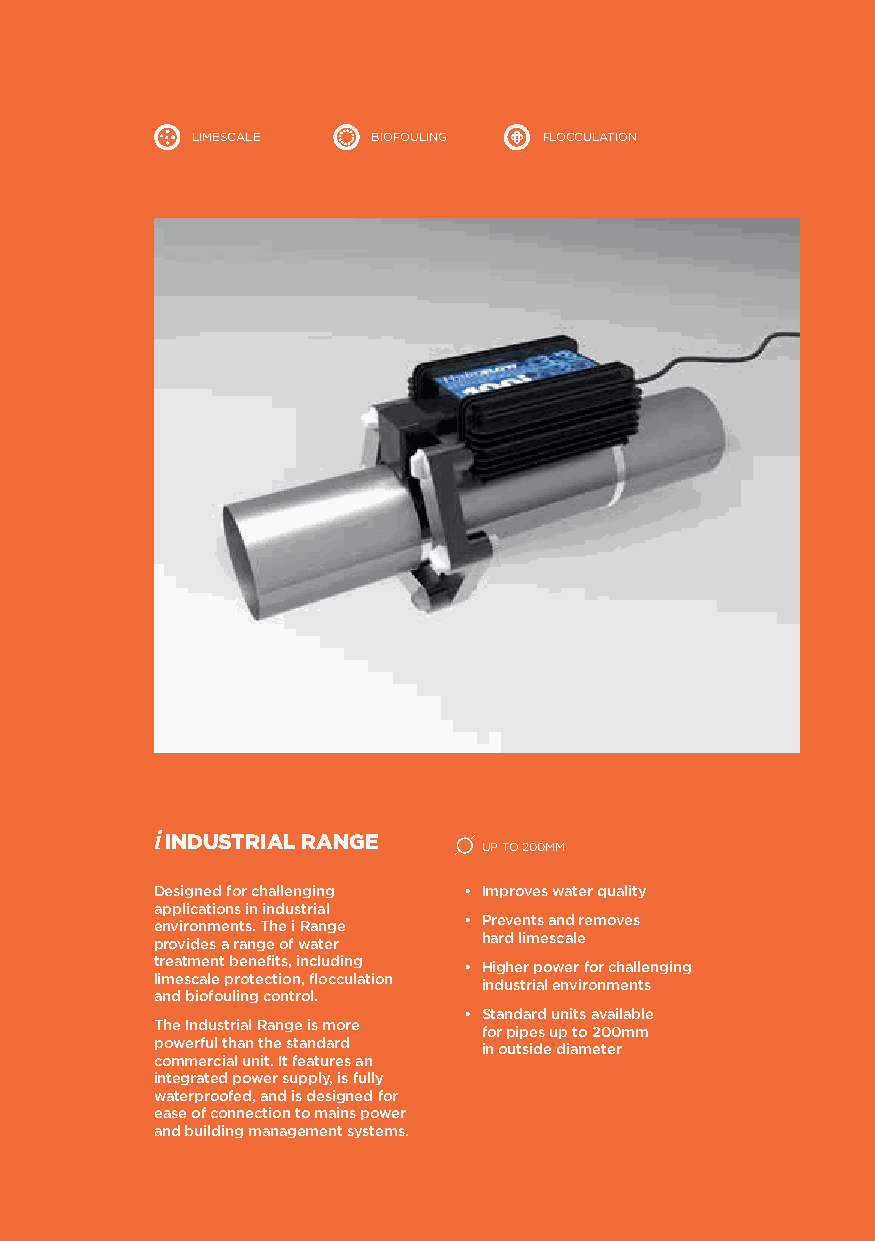
LIMESCALE   BIOFOULING FLOCCULATION
 i INDUSTRIAL RANGE
 UP TO 200MM
 Designed for challenging • Improves water quality
 applications in industrial
 environments. The i Range • Prevents and removes
 provides a range of water hard limescale
 treatment benefits, including • Higher power for challenging
 limescale protection, flocculation industrial environments
 and biofouling control.
 • Standard units available
 The Industrial Range is more for pipes up to 200mm
 powerful than the standard in outside diameter
 commercial unit. It features an
 integrated power supply, is fully
 waterproofed, and is designed for
 ease of connection to mains power
 and building management systems.